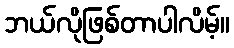
ဘယ်လိုဖြစ်တာပါလိမ့်။